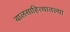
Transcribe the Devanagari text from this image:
बालसाहित्यातल्या